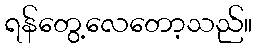
ရန်တွေ့လေတော့သည်။